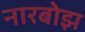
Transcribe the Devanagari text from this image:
नारबोझ